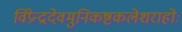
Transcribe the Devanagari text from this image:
विप्रेन्द्रदेवमुनिकष्टकलेशराहोः